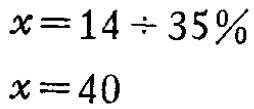
\[

\begin{align*}

x&=14\div35\%\\

x&=40

\end{align*}

\]